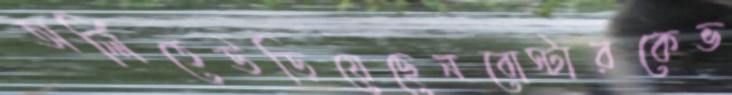
অর্লিতেউড়িয়েছেনবোস্টারকেভ